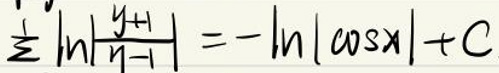
\(\frac{1}{2}\ln\left|\frac{y + 1}{y - 1}\right|=-\ln|\cos x|+C\)